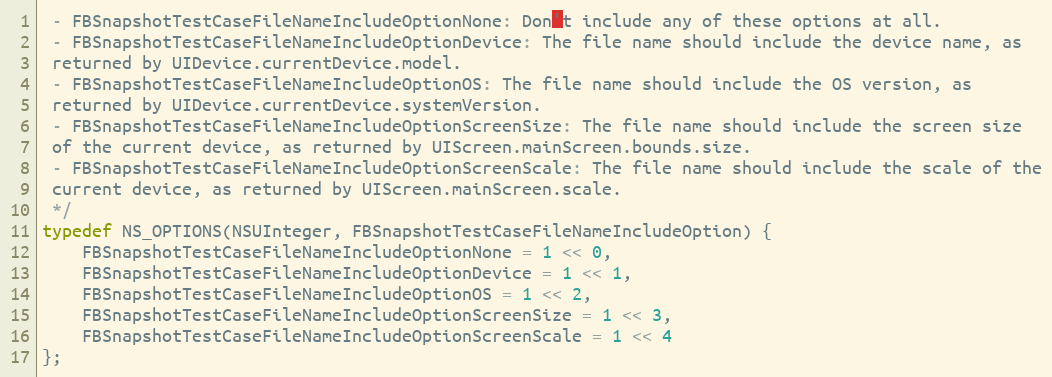
Language: C
 - FBSnapshotTestCaseFileNameIncludeOptionNone: Don't include any of these options at all.
 - FBSnapshotTestCaseFileNameIncludeOptionDevice: The file name should include the device name, as
 returned by UIDevice.currentDevice.model.
 - FBSnapshotTestCaseFileNameIncludeOptionOS: The file name should include the OS version, as
 returned by UIDevice.currentDevice.systemVersion.
 - FBSnapshotTestCaseFileNameIncludeOptionScreenSize: The file name should include the screen size
 of the current device, as returned by UIScreen.mainScreen.bounds.size.
 - FBSnapshotTestCaseFileNameIncludeOptionScreenScale: The file name should include the scale of the
 current device, as returned by UIScreen.mainScreen.scale.
 */
typedef NS_OPTIONS(NSUInteger, FBSnapshotTestCaseFileNameIncludeOption) {
    FBSnapshotTestCaseFileNameIncludeOptionNone = 1 << 0,
    FBSnapshotTestCaseFileNameIncludeOptionDevice = 1 << 1,
    FBSnapshotTestCaseFileNameIncludeOptionOS = 1 << 2,
    FBSnapshotTestCaseFileNameIncludeOptionScreenSize = 1 << 3,
    FBSnapshotTestCaseFileNameIncludeOptionScreenScale = 1 << 4
};